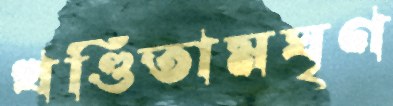
খণ্ডিতামঘৃণ